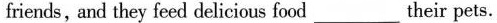
friends, and they feed delicious food___their pets.